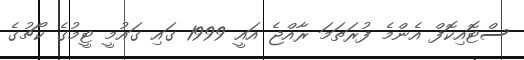
ސްޓޮއިކޮފް އެންމެ ފުރަތަމަ ރާއްޖެ އައީ 1999 ގައި ގައުމީ ޓީމުގެ ކޯޗުގެ